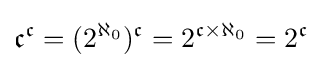
{\mathfrak {c}}^{\mathfrak {c}}=(2^{\aleph _{0}})^{\mathfrak {c}}=2^{{\mathfrak {c}}\times \aleph _{0}}=2^{\mathfrak {c}}